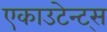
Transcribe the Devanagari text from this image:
एकाउटेन्ट्स